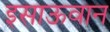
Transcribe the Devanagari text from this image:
इसाऊवान